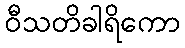
ဝီသတိခါရိကော